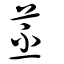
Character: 苤